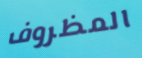
المظروف